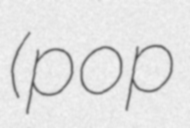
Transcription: (pop